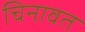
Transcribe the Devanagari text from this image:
चिनावत